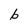
Character: b